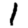
Digit: 1